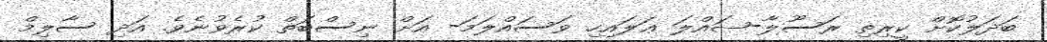
ބަދަލުކޮށް ކީރިތި ރަސޫލާ-ޞައްލަ ޢަލައިހި ވަސައްލަމަ- އަށް ނިސްބަތް ކުރެވުނެވެ. އަދި ސާލިމް